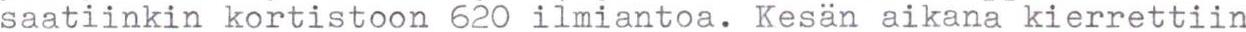
saatiinkin kortistoon 620 ilmiantoa. Kesän aikana kierrettiin